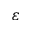
\varepsilon